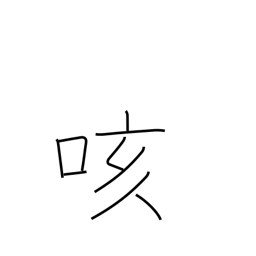
Meaning: cough